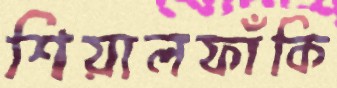
শিয়ালফাঁকি